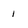
Character: 1